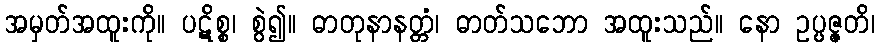
အမှတ်အထူးကို။ ပဋိစ္စ၊ စွဲ၍။ ဓာတုနာနတ္တံ၊ ဓာတ်သဘော အထူးသည်။ နော ဥပ္ပဇ္ဇတိ၊